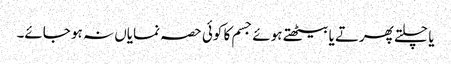
یا چلتے پھرتے یا بیٹھتے ہوئے جسم کا کوئی حصہ نمایاں نہ ہو جائے۔